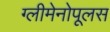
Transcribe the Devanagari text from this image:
ग्लीमेनोपूलस